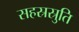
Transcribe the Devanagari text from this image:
सहस्रस्रुति